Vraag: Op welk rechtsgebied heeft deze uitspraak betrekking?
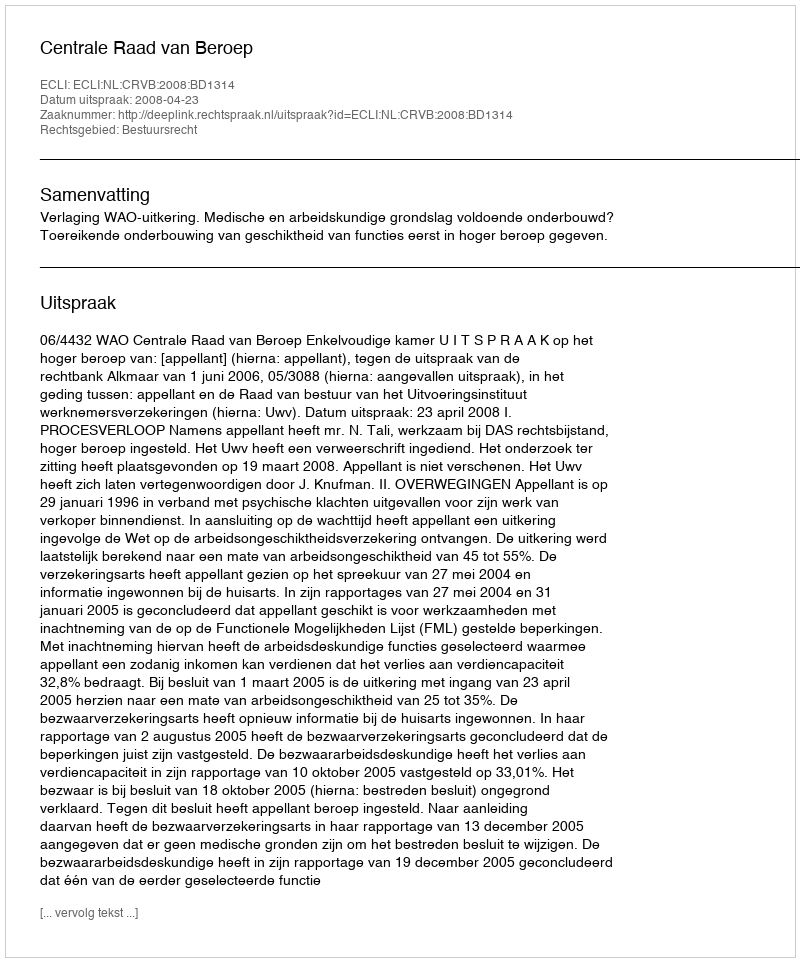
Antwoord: Bestuursrecht